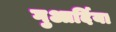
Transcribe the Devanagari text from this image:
गुआर्दिया